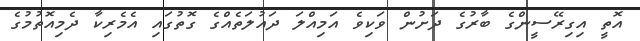
އޮތީ އިގިރޭސީންގެ ބާރުގެ ދަށުން ވަކިވެ އަމިއްލަ ދައުލަތެއްގެ ގޮތުގައި އެމެރިކާ ދެމިއޮތުމުގެ